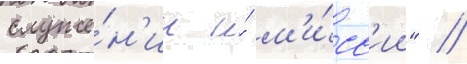
служе́н'ии и́ м'и́сс'ии" //